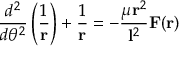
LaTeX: { \frac { d ^ { 2 } } { d \theta ^ { 2 } } } \left( { \frac { 1 } { \mathbf { r } } } \right) + { \frac { 1 } { \mathbf { r } } } = - { \frac { \mu \mathbf { r } ^ { 2 } } { \mathbf { l } ^ { 2 } } } \mathbf { F } ( \mathbf { r } )